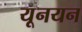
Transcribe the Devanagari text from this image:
यूनयन